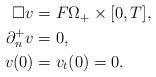
LaTeX: \begin{align*}\begin{aligned}\Box v &=F \Omega_+ \times [0,T],\\\partial_n^+ v&=0,\\v(0)&=v_t(0)=0.\end{aligned}\end{align*}